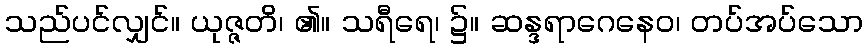
သည်ပင်လျှင်။ ယုဇ္ဇတိ၊ ၏။ သရီရေ၊ ၌။ ဆန္ဒရာဂေနေဝ၊ တပ်အပ်သော